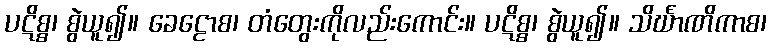
ပဋိစ္စ၊ စွဲယူ၍။ ခေဠောစ၊ တံတွေးကိုလည်းကောင်း။ ပဋိစ္စ၊ စွဲယူ၍။ သိင်္ဃာဏိကာစ၊